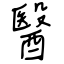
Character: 醫